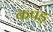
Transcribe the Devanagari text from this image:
कपड़